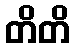
တိတိ